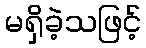
မရှိခဲ့သဖြင့်